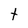
Character: t